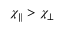
\chi _ { \parallel } > \chi _ { \perp }